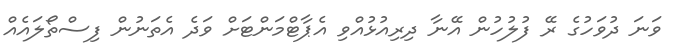
ވަނަ ދުވަހުގެ ރޭ ފުލުހުން އޭނާ ދިރިއުޅުއްވި އެޕާޓްމަންޓަށް ވަދެ އެތަނުން ފިސްތޯލައެއް